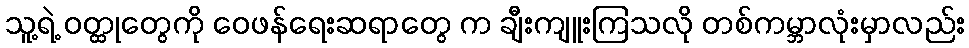
သူ့ရဲ့ ဝတ္ထုတွေကို ဝေဖန်ရေးဆရာတွေ က ချီးကျူးကြသလို တစ်ကမ္ဘာလုံးမှာလည်း